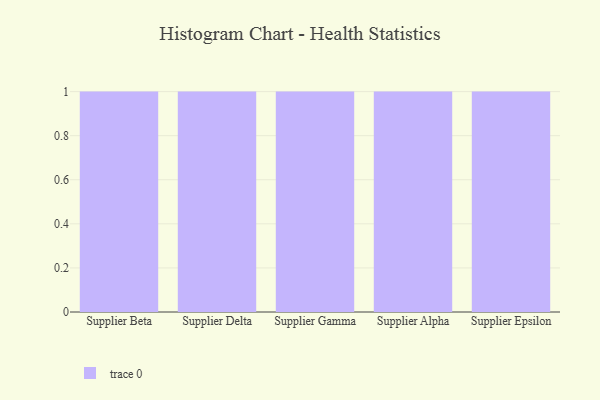
{"axis": {"x": "Supplier", "y": "Waste Production (Tons)"}, "legend": [""], "data": [{"x": "Supplier Beta", "y": 36, "type": ""}, {"x": "Supplier Delta", "y": 22, "type": ""}, {"x": "Supplier Gamma", "y": 20, "type": ""}, {"x": "Supplier Alpha", "y": 26, "type": ""}, {"x": "Supplier Epsilon", "y": 79, "type": ""}]}